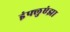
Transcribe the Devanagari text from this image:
इंफ्लुएंझा